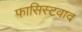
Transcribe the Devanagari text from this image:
फासिस्टवाद